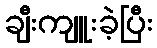
ချီးကျူးခဲ့ပြီး